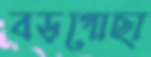
বড়গোছা